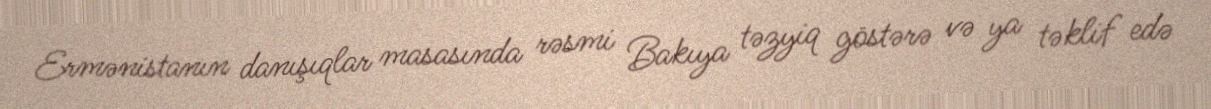
Ermənistanın danışıqlar masasında rəsmi Bakıya təzyiq göstərə və ya təklif edə